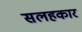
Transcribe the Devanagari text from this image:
सलहकार